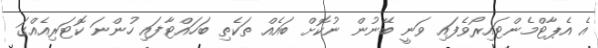
އެ އެޕާޓްމެންޓައިރޯވެފައި ވަނީ ބޭނުން ނުކޮށް ބައެއް ތަކެތި ބަހައްޓާފައި ހުންނަ ކޮޓަރިއެއްގަ